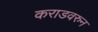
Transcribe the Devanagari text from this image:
कराडवरुन